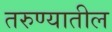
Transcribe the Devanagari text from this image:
तरुण्यातील